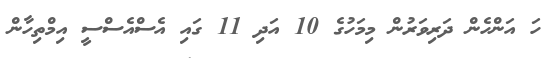
ހަ އަންހެން ދަރިވަރުން މިމަހުގެ 10 އަދި 11 ގައި އެސްއެސްސީ އިމްތިހާން